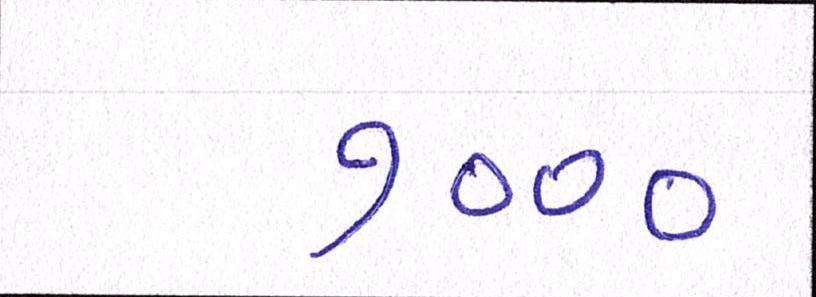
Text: ૭૦૦૦